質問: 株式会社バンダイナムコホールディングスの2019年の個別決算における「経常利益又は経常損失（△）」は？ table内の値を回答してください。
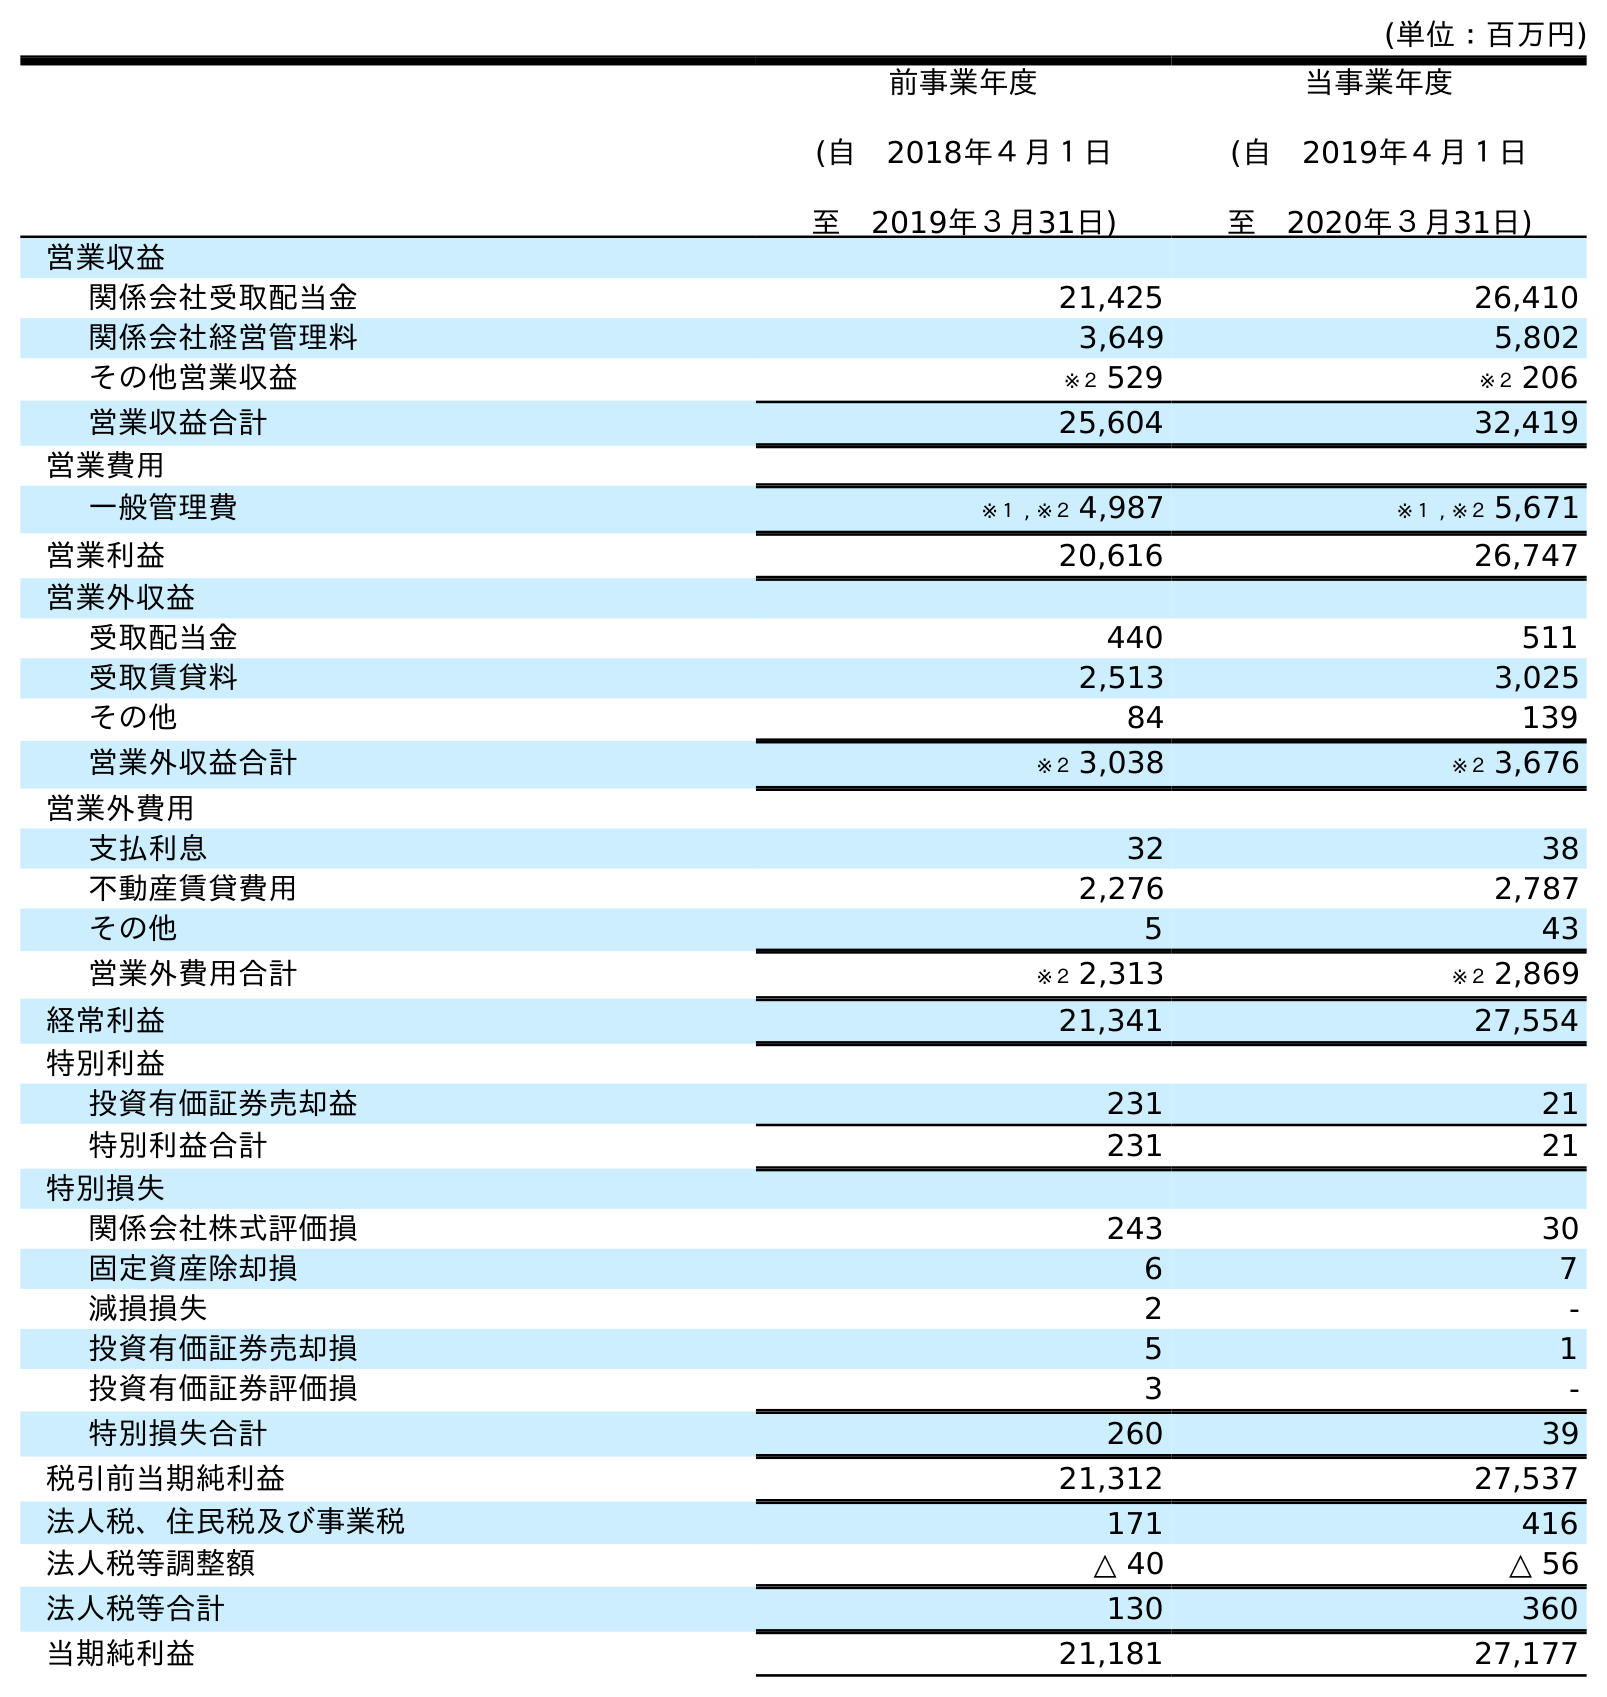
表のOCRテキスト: (単位：百万円) 前事業年度 (自 2018年４月１日 至 2019年３月31日) 当事業年度 (自 2019年４月１日 至 2020年３月31日) 営業収益 関係会社受取配当金 21,425 26,410 関係会社経営管理料 3,649 5,802 その他営業収益 ※２ 529 ※２ 206 営業収益合計 25,604 32,419 営業費用 一般管理費 ※１ , ※２ 4,987 ※１ , ※２ 5,671 営業利益 20,616 26,747 営業外収益 受取配当金 440 511 受取賃貸料 2,513 3,025 その他 84 139 営業外収益合計 ※２ 3,038 ※２ 3,676 営業外費用 支払利息 32 38 不動産賃貸費用 2,276 2,787 その他 5 43 営業外費用合計 ※２ 2,313 ※２ 2,869 経常利益 21,341 27,554 特別利益 投資有価証券売却益 231 21 特別利益合計 231 21 特別損失 関係会社株式評価損 243 30 固定資産除却損 6 7 減損損失 2 - 投資有価証券売却損 5 1 投資有価証券評価損 3 - 特別損失合計 260 39 税引前当期純利益 21,312 27,537 法人税、住民税及び事業税 171 416 法人税等調整額 △ 40 △ 56 法人税等合計 130 360 当期純利益 21,181 27,177
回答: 21,341